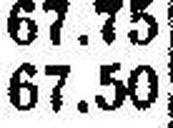
67.50